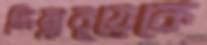
জিম্বাবুয়েকে